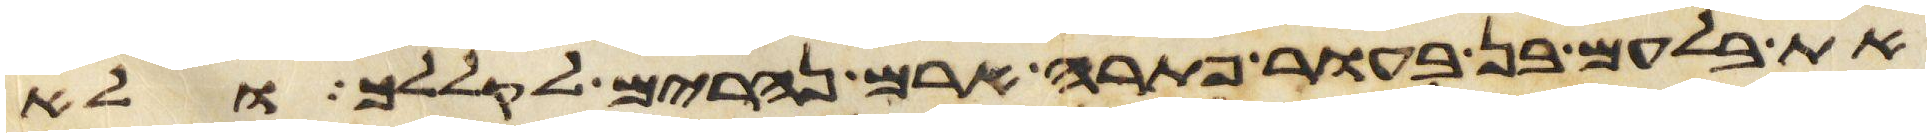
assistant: את בלעם בן בעור פתרה ארם נהרים לקללך ולא